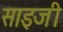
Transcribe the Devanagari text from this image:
साइजी